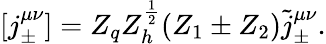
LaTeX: [j_{\pm}^{\mu\nu}]=Z_{q}Z_{h}^{\frac{1}{2}}(Z_{1}\pm Z_{2})\tilde{j}_{\pm}^{\mu\nu}.